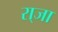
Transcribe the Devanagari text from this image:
रा्जा